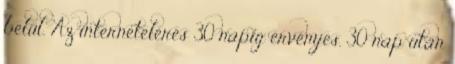
belül. Az internetelérés 30 napig érvényes. 30 nap után